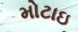
મોટાઇ